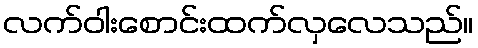
လက်ဝါးစောင်းထက်လှလေသည်။